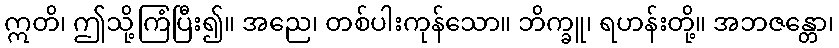
ဣတိ၊ ဤသို့ကြံပြီး၍။ အညေ၊ တစ်ပါးကုန်သော။ ဘိက္ခူ၊ ရဟန်းတို့။ အဘဇန္တော၊